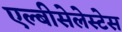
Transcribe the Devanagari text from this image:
एल्बीसेलेस्टेस